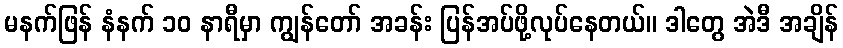
မနက်ဖြန် နံနက် ၁၀ နာရီမှာ ကျွန်တော် အခန်း ပြန်အပ်ဖို့လုပ်နေတယ်။ ဒါတွေ အဲဒီ အချိန်